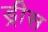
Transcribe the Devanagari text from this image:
ड्रीस